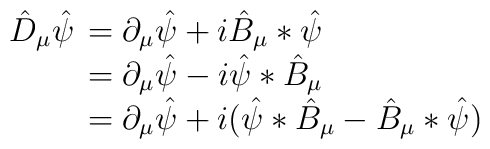
\hat D_{\mu}\hat\psi \begin{array}[t]{l} =\partial_{\mu}\hat\psi+i\hat B_\mu*\hat\psi \\=\partial_{\mu}\hat\psi-i\hat\psi*\hat B_\mu \\=\partial_{\mu}\hat\psi+i(\hat\psi*\hat B_\mu -\hat B_\mu*\hat\psi )\end{array}